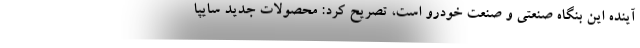
آینده این بنگاه صنعتی و صنعت خودرو است، تصریح کرد: محصولات جدید سایپا